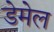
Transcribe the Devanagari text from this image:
डेमेल